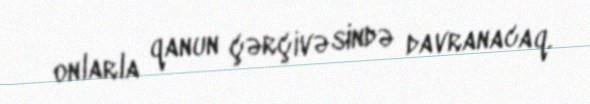
onlarla qanun çərçivəsində davranacaq.